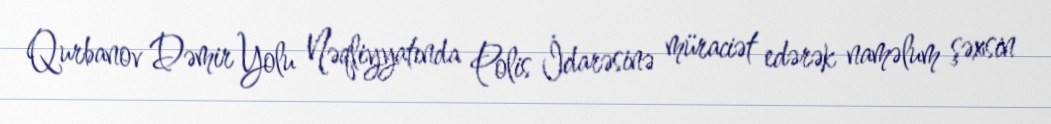
Qurbanov Dəmir Yolu Nəqliyyatında Polis İdarəsinə müraciət edərək naməlum şəxsin